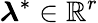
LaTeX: \boldsymbol{\lambda}^{*}\in\mathbb{R}^{r}